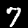
Label: 7